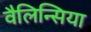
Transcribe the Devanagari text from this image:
वैलिन्सिया